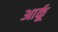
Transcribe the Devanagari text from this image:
आर्कू